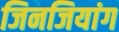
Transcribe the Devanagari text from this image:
जिनजियांग